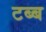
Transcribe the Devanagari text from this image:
टब्ब